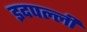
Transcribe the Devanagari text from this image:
इदपल्ली